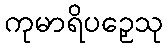
ကုမာရိပဉှေသု